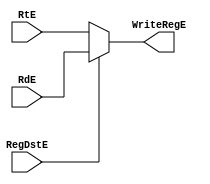
`timescale 1ns / 1ps
//////////////////////////////////////////////////////////////////////////////////
// Company: 
// Engineer: 
// 
// Design Name: 
// Module Name:    RegDstE_MUX 
// Project Name: 
// Target Devices: 
// Tool versions: 
// Description: 
//
// Dependencies: 
//
// Revision: 
// Revision 0.01 - File Created
// Additional Comments: 
//
//////////////////////////////////////////////////////////////////////////////////
module RegDstE_MUX(
    input [4:0]RtE,
	 input [4:0]RdE,
	 input RegDstE,
	 output [4:0]WriteRegE
    );
 
  assign WriteRegE = (~RegDstE)?RtE:RdE;

endmodule